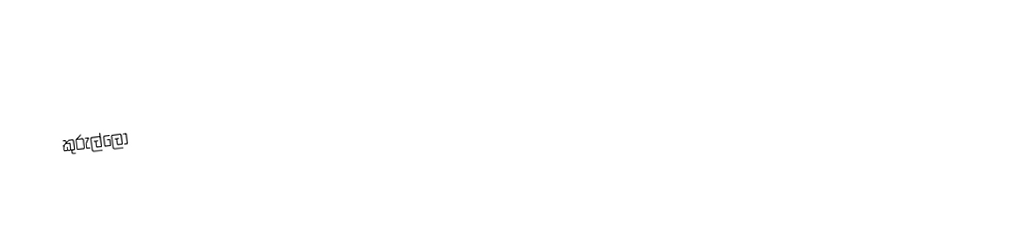
කුරුල්ලෝ